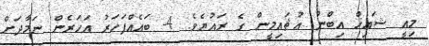
މިއީ ޝައިޚް އިބްނު ޢުޘައިމީން ގެ ރައުޔެވެ. 4- ބައެއްފަހަރު އަހަރެން ނަމާދަށް